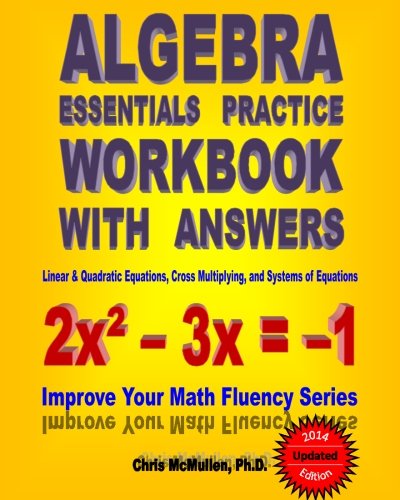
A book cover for Algebra Essentials Practice Workbook with Answers:  Linear & Quadratic Equations, Cross Multiplying, and Systems of Equations: Improve Your Math Fluency Series; Chris McMullen; Science & Math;